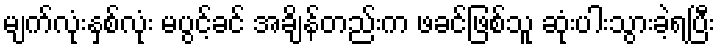
မျက်လုံးနှစ်လုံး မပွင့်ခင် အချိန်တည်းက ဖခင်ဖြစ်သူ ဆုံးပါးသွားခဲ့ရပြီး